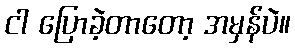
ငါ ပြောခဲ့တာတော့ အမှန်ပဲ။